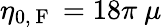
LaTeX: \eta_{0,\mathrm{~F~}}=18\pi\ \mu